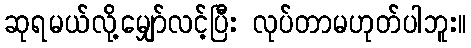
ဆုရမယ်လို့မျှော်လင့်ပြီး လုပ်တာမဟုတ်ပါဘူး။